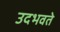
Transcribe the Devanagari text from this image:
उदभवते